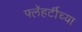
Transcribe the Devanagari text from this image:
फ्लॅहर्टीच्या